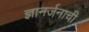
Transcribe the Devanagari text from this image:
ज्ञानर्जनाची